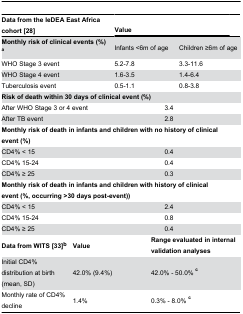
| <COLSPAN=2> Data from the IeDEA East Africa cohort [28] | <COLSPAN=3> Value |  |
 | --- | --- | --- | --- | --- | --- |
 | <COLSPAN=2> Monthly risk of clinical events (%) a | <COLSPAN=2> Infants <6m of age | <COLSPAN=2> Children ≥6m of age |
 | <COLSPAN=2> WHO Stage 3 event | <COLSPAN=2> 5.2-7.8 | 3.3-11.6 |  |
 | <COLSPAN=2> WHO Stage 4 event | <COLSPAN=2> 1.6-3.5 | 1.4-6.4 |  |
 | <COLSPAN=2> Tuberculosis event | <COLSPAN=2> 0.5-1.1 | 0.8-3.8 |  |
 | <COLSPAN=5> Risk of death within 30 days of clinical event (%) |  |
 | <COLSPAN=2> After WHO Stage 3 or 4 event | <COLSPAN=3> 3.4 |  |
 | <COLSPAN=2> After TB event | <COLSPAN=3> 2.8 |  |
 | <COLSPAN=5> Monthly risk of death in infants and children with no history of clinical event (%) |  |
 | <COLSPAN=2> CD4% < 15 | <COLSPAN=3> 0.4 |  |
 | <COLSPAN=2> CD4% 15-24 | <COLSPAN=3> 0.4 |  |
 | <COLSPAN=2> CD4% ≥ 25 | <COLSPAN=3> 0.3 |  |
 | <COLSPAN=5> Monthly risk of death in infants and children with history of clinical event (%, occurring >30 days post-event)) |  |
 | <COLSPAN=2> CD4% < 15 | <COLSPAN=3> 2.4 |  |
 | <COLSPAN=2> CD4% 15-24 | <COLSPAN=3> 0.8 |  |
 | <COLSPAN=2> CD4% ≥ 25 | <COLSPAN=3> 0.4 |  |
 | Data from WITS [33]b | <COLSPAN=2> Value | <COLSPAN=3> Range evaluated in internal validation analyses |
 | Initial CD4% distribution at birth (mean, SD) | <COLSPAN=2> 42.0% (9.4%) | <COLSPAN=3> 42.0% - 50.0% c |
 | Monthly rate of CD4% decline | <COLSPAN=2> 1.4% | <COLSPAN=3> 0.3% - 8.0% c |